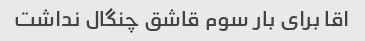
اقا برای بار سوم قاشق چنگال نداشت